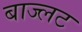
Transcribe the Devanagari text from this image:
बाज्लट